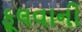
ફૂલવાની